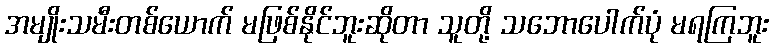
အမျိုးသမီးတစ်ယောက် မဖြစ်နိုင်ဘူးဆိုတာ သူတို့ သဘောပေါက်ပုံ မရကြဘူး